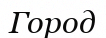
Город